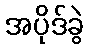
အပိုဒ်ခွဲ